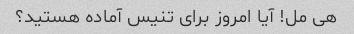
هی مل! آیا امروز برای تنیس آماده هستید؟